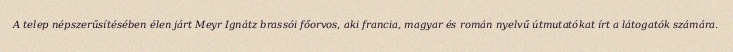
A telep népszerűsítésében élen járt Meyr Ignátz brassói főorvos, aki francia, magyar és román nyelvű útmutatókat írt a látogatók számára.